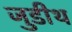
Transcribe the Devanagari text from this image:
जुडीथ